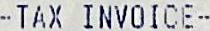
-TAX INVOICE-